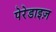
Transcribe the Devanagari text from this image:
पेरेडाइज़